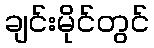
ချင်းမိုင်တွင်